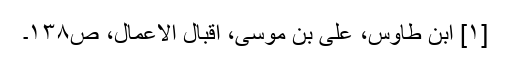
[۱] ابن طاوس، علی بن موسی، اقبال الاعمال، ص۱۳۸۔